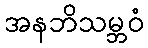
အနဘိသမ္ဘဝံ